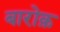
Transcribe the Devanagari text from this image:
बारोक़